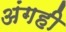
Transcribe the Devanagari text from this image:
अंगही